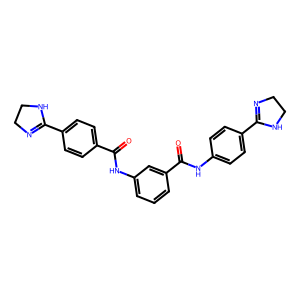
SMILES: O=C(Nc1cccc(C(=O)Nc2ccc(C3=NCCN3)cc2)c1)c1ccc(C2=NCCN2)cc1
Inhibits HIV replication: Yes